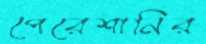
পেরেশানির